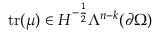
\mathrm { t r } ( \mu ) \in H ^ { - \frac { 1 } { 2 } } \Lambda ^ { n - k } ( \partial \Omega )